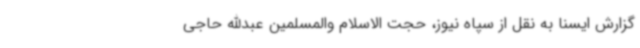
گزارش ایسنا به نقل از سپاه نیوز، حجت الاسلام والمسلمین عبدالله حاجی